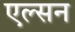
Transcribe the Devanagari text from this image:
एल्सन